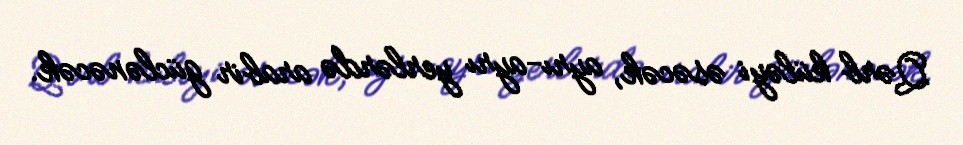
Qərb küləyi əsəcək, ayrı-ayrı yerlərdə arabir güclənəcək.